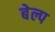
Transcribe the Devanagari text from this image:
बेल्प